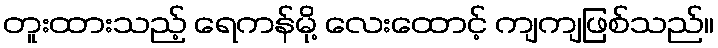
တူးထားသည့် ရေကန်မို့ လေးထောင့် ကျကျဖြစ်သည်။